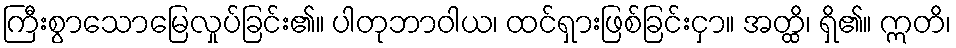
ကြီးစွာသောမြေလှုပ်ခြင်း၏။ ပါတုဘာဝါယ၊ ထင်ရှားဖြစ်ခြင်းငှာ။ အတ္ထိ၊ ရှိ၏။ ဣတိ၊